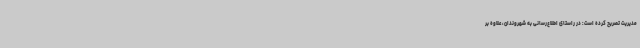
مدیریت تصریح کرده است: در راستای اطلاع‌رسانی به شهروندان، علاوه بر